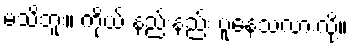
မသိဘူး။ ကိုယ် နည်းနည်း ပူနေသလားလို့။